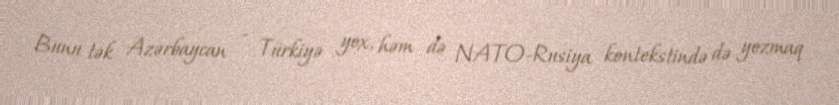
Bunu tək Azərbaycan - Türkiyə yox, həm də NATO-Rusiya kontekstində də yozmaq